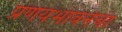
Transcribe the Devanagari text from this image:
प्रणयभावनेचा